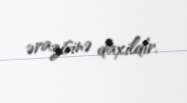
ərazisinə daxildir.